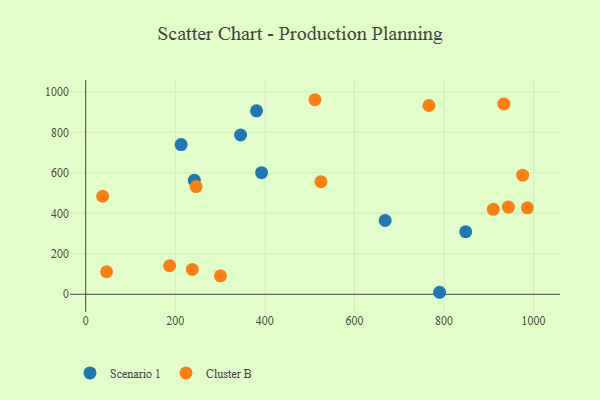
{"axis": {"x": "Experience", "y": "Rating"}, "legend": ["Cluster B", "Scenario 1"], "data": [{"x": "668.6", "y": 364.4, "type": "Scenario 1"}, {"x": "392.7", "y": 600.7, "type": "Scenario 1"}, {"x": "381.4", "y": 906.2, "type": "Scenario 1"}, {"x": "848.4", "y": 309.0, "type": "Scenario 1"}, {"x": "213.1", "y": 739.7, "type": "Scenario 1"}, {"x": "345.8", "y": 786.9, "type": "Scenario 1"}, {"x": "242.5", "y": 563.1, "type": "Scenario 1"}, {"x": "790.1", "y": 9.9, "type": "Scenario 1"}, {"x": "766.3", "y": 932.5, "type": "Cluster B"}, {"x": "933.6", "y": 940.0, "type": "Cluster B"}, {"x": "246.5", "y": 532.1, "type": "Cluster B"}, {"x": "238.0", "y": 123.0, "type": "Cluster B"}, {"x": "910.0", "y": 419.9, "type": "Cluster B"}, {"x": "511.8", "y": 961.1, "type": "Cluster B"}, {"x": "46.6", "y": 111.3, "type": "Cluster B"}, {"x": "943.7", "y": 430.6, "type": "Cluster B"}, {"x": "37.8", "y": 484.3, "type": "Cluster B"}, {"x": "300.9", "y": 91.0, "type": "Cluster B"}, {"x": "187.4", "y": 140.9, "type": "Cluster B"}, {"x": "525.2", "y": 555.8, "type": "Cluster B"}, {"x": "986.1", "y": 427.2, "type": "Cluster B"}, {"x": "975.5", "y": 588.6, "type": "Cluster B"}]}